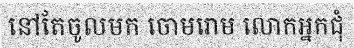
នៅតែចូលមក ចោមរោម លោកអ្នកជុំ